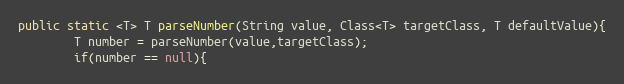
Language: Java
public static <T> T parseNumber(String value, Class<T> targetClass, T defaultValue){
		T number = parseNumber(value,targetClass);
		if(number == null){